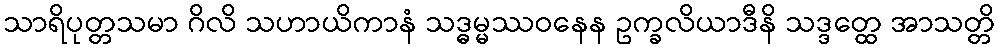
သာရိပုတ္တသမာ ဂိလိ သဟာယိကာနံ သဒ္ဓမ္မဿဝနေန ဥက္ခလိယာဒီနိ သဒ္ဒတ္ထေ အာသတ္တိ